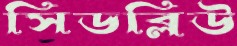
সিডব্লিউ